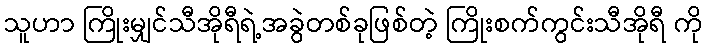
သူဟာ ကြိုးမျှင်သီအိုရီရဲ့အခွဲတစ်ခုဖြစ်တဲ့ ကြိုးစက်ကွင်းသီအိုရီ ကို